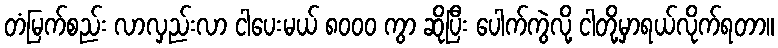
တံမြက်စည်း လာလှည်းလာ ငါပေးမယ် ၈၀၀၀ ကွာ ဆိုပြီး ပေါက်ကွဲလို့ ငါတို့မှာရယ်လိုက်ရတာ။